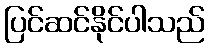
ပြင်ဆင်နိုင်ပါသည်